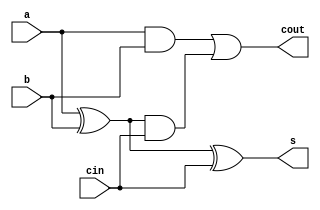
module fulladd(a,b,cin,s,cout);
input a,b,cin;
output s,cout;
assign s=a^b^cin;
assign cout=(a&b)|(a^b)&cin;
endmodule